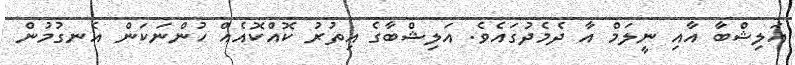
އަލިޝްބާ އާއި ނީލަމް އާ ދެމެދުގައެވެ. އަލިޝްބާގެ އިތުރު ކޮއްކޮއެއް ހުންނަކަން އެނގުމުން